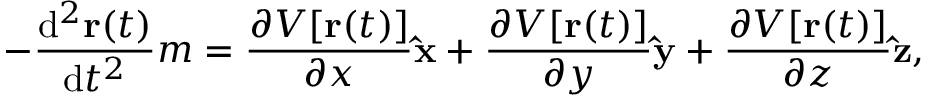
- { \frac { \mathrm { d } ^ { 2 } \mathbf { r } ( t ) } { \mathrm { d } t ^ { 2 } } } m = { \frac { \partial V [ \mathbf { r } ( t ) ] } { \partial x } } \mathbf { \hat { x } } + { \frac { \partial V [ \mathbf { r } ( t ) ] } { \partial y } } \mathbf { \hat { y } } + { \frac { \partial V [ \mathbf { r } ( t ) ] } { \partial z } } \mathbf { \hat { z } } ,